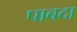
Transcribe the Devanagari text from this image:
पाबदा